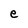
Character: e